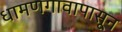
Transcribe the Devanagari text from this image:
धामणगावापासून